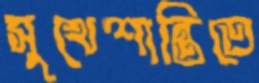
সুখেশান্তিতে